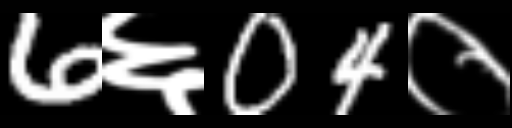
Text: 6६04०